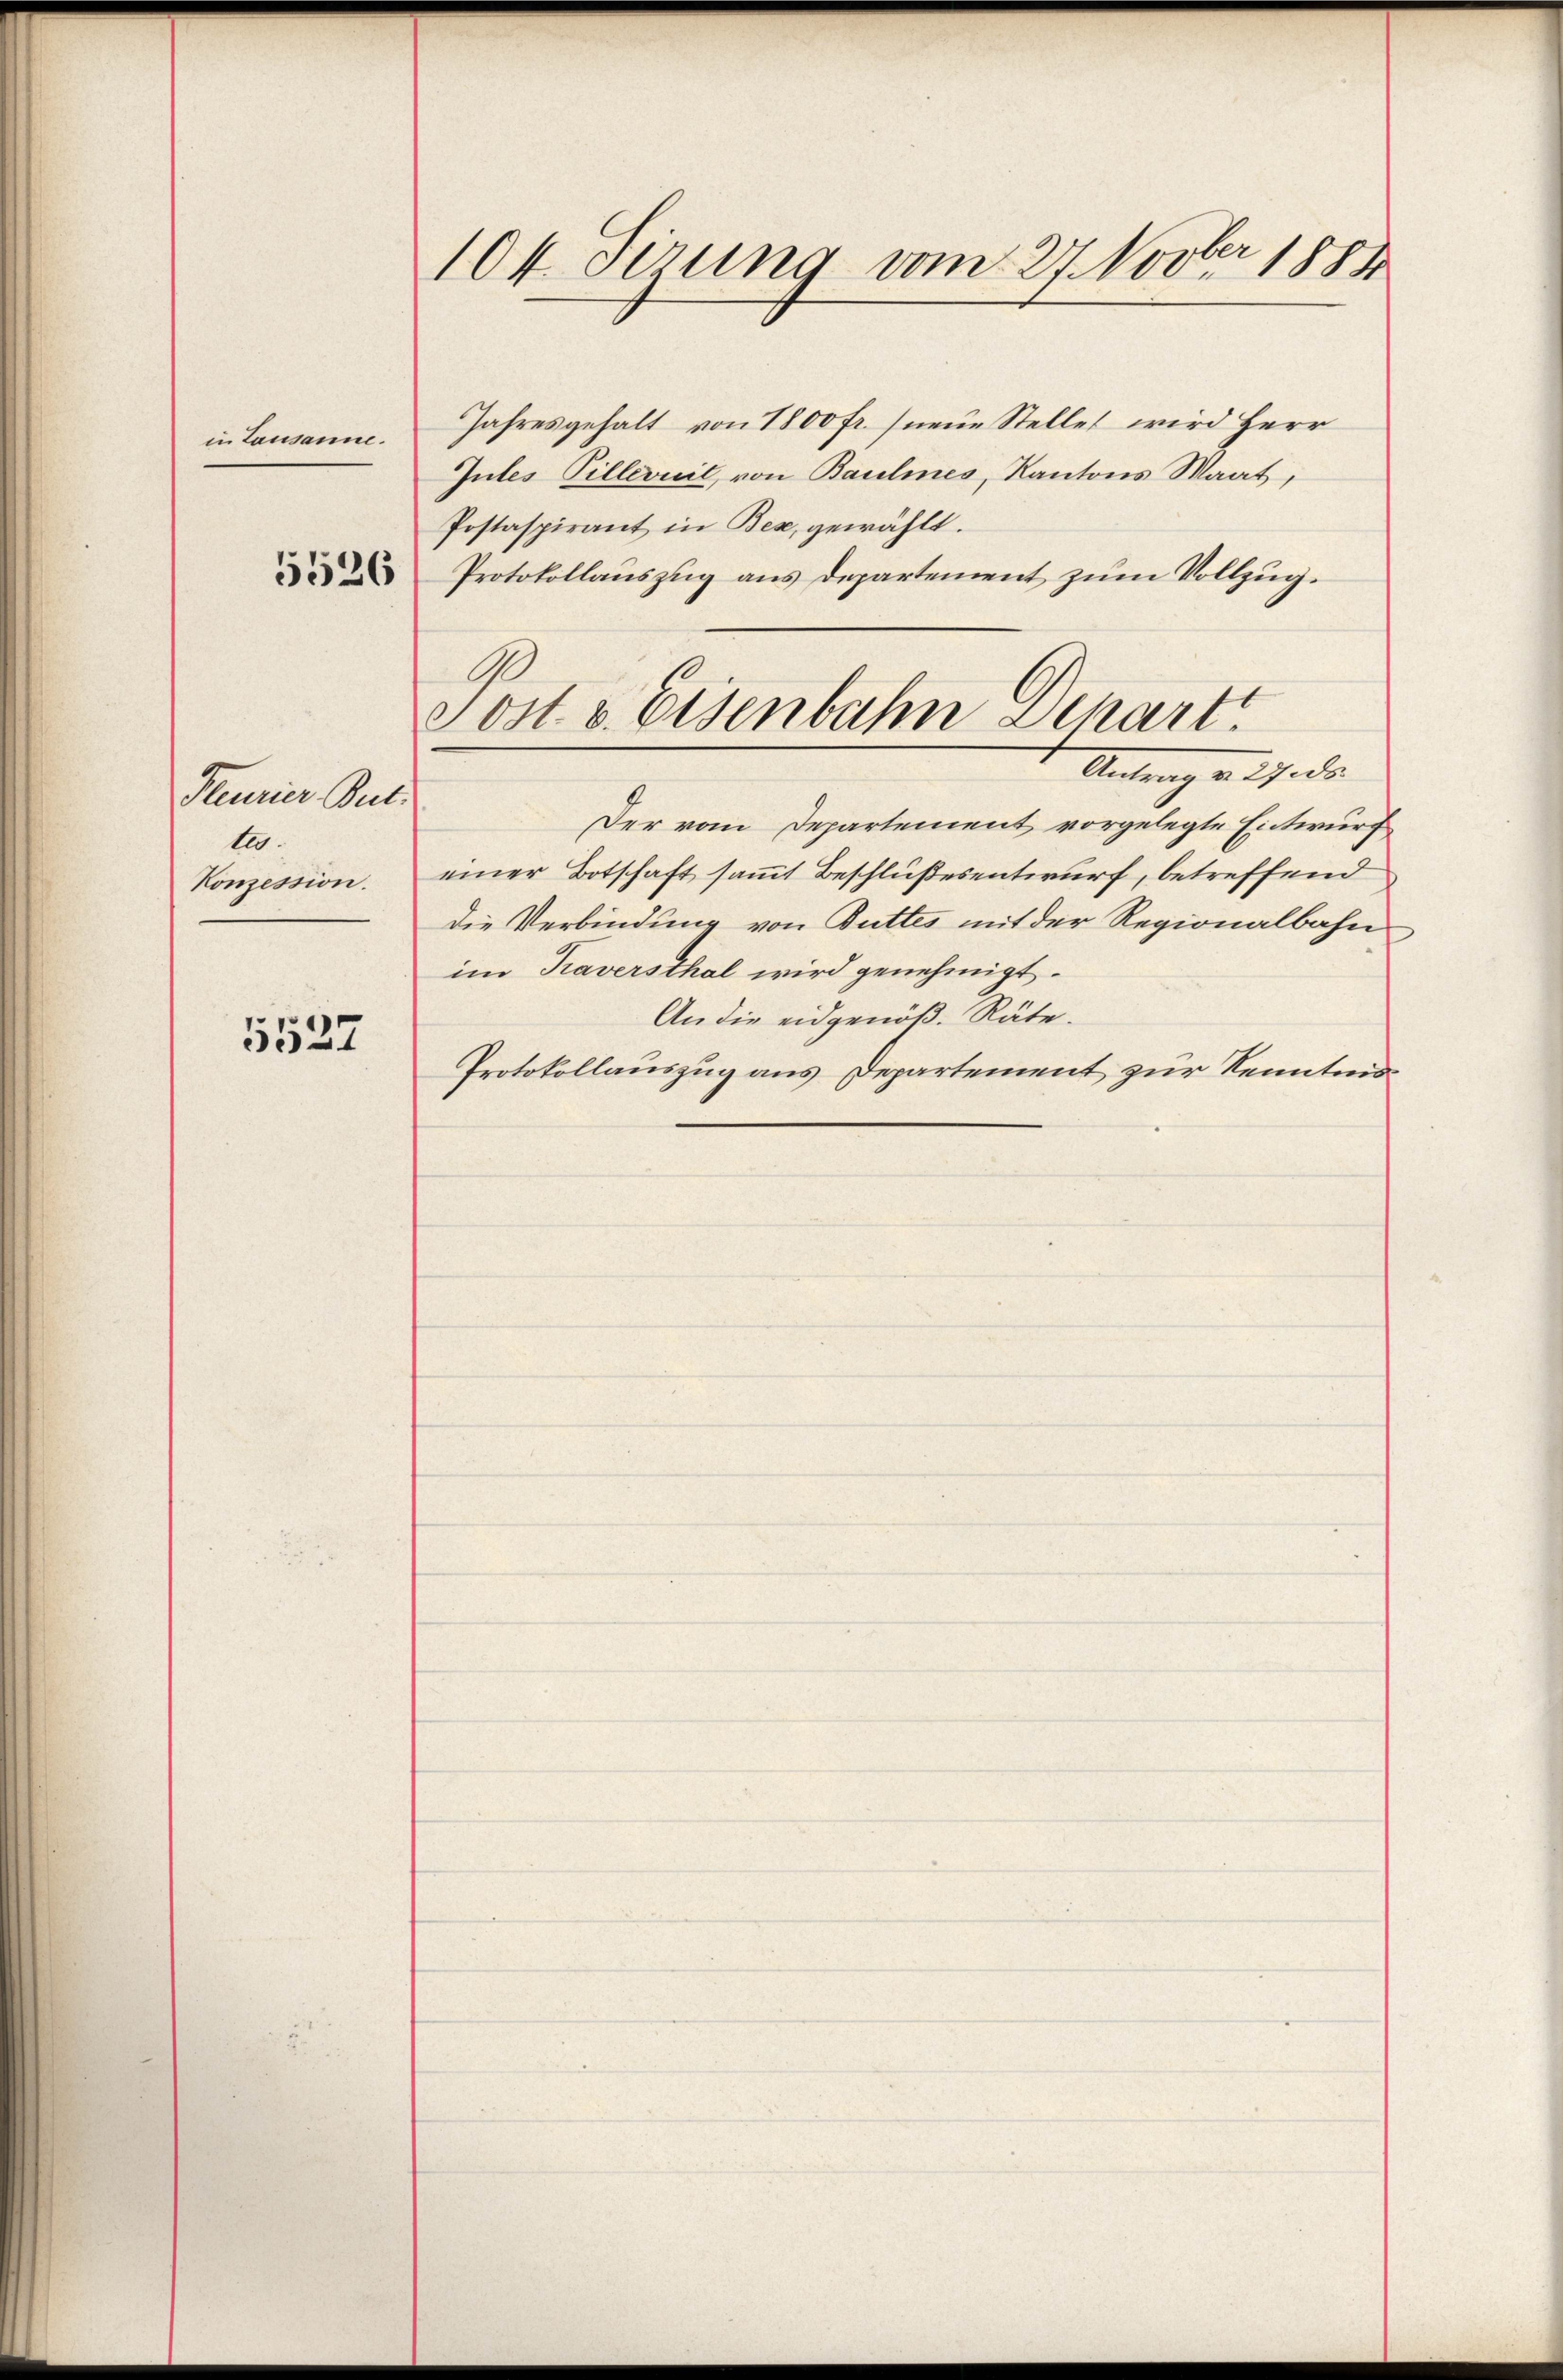
in Lausanne.

5526

Peurier, But
te.
Konzession.

5527

104. Sirung vom 27. Novber 1884

Jahresgehalt von 1800 fr. neue Stellet wird Herr
Jules Pillevuil, von Baulines, Kantons Maat,
Postaspirant in Bex gewählt.
Protokollauszug aus Departement zum Vollzug.
Der vom Departement vorgelegte Entwurf
einer Botschaft samt Beschlußesentwurf, betreffend
die Verbindung von Buttes mit der Regionalbahn
im Traversthal wird genehmigt.
An die eidgenöß. Räte.
Protokollauszug aus Departement zur Kenntend

99
Sost. v. Eisenbahn Dechart
Antrag v. J. da